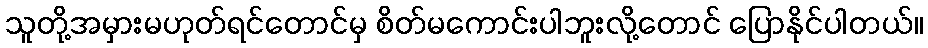
သူတို့အမှားမဟုတ်ရင်တောင်မှ စိတ်မကောင်းပါဘူးလို့တောင် ပြောနိုင်ပါတယ်။